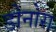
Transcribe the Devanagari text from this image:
डोनोरा